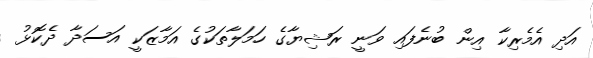
އަދި އެމެރިކާ އިން ބުނެފައި ވަނީ ރަޝިޔާގެ ހަމަލާތަކުގެ އަމާޒަކީ އަސަދާ ދެކޮޅު